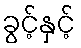
ခွင့်နှင့်